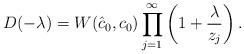
LaTeX: \begin{align*}D(-\lambda)=W(\hat c_0,c_0)\prod_{j=1}^{\infty} \left(1+\frac{\lambda}{z_j}\right). \end{align*}